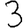
Digit: 3